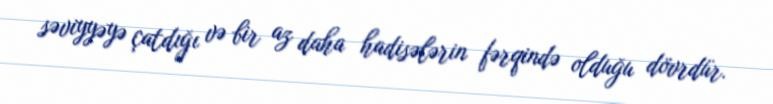
səviyyəyə çatdığı və bir az daha hadisələrin fərqində olduğu dövrdür.